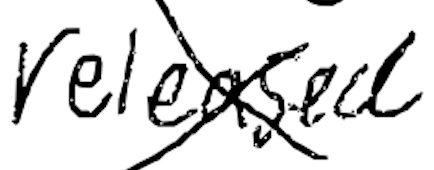
Text: released
Cross-out: cross
Writing tool: digital_black